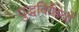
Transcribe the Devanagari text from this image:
युद्धविधियों